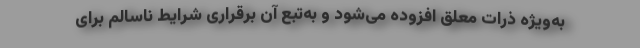
به‌ویژه ذرات معلق افزوده می‌شود و به‌تبع آن برقراری شرایط ناسالم برای